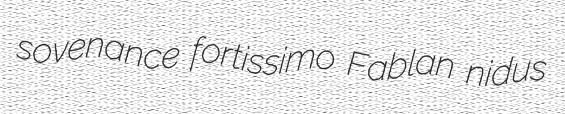
sovenance fortissimo Fablan nidus